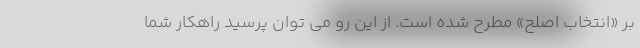
بر «انتخاب اصلح» مطرح شده است. از این رو می توان پرسید راهکار شما